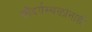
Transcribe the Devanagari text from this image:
सौंदर्यस्थळांनाही